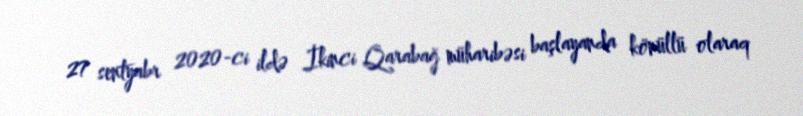
27 sentyabr 2020-ci ildə İkinci Qarabağ müharibəsi başlayanda könüllü olaraq